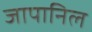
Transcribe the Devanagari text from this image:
जापानिल